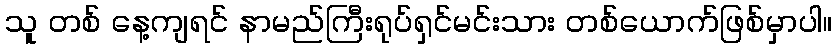
သူ တစ် နေ့ကျရင် နာမည်ကြီးရုပ်ရှင်မင်းသား တစ်ယောက်ဖြစ်မှာပါ။